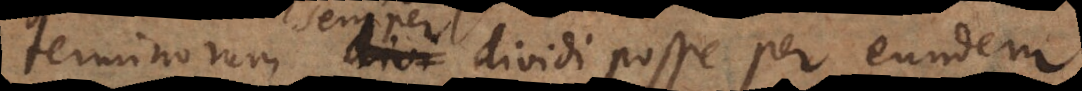
terminorum dividi posse per eundem